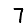
Digit: 7